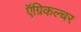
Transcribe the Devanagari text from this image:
ऍग्रिकल्चर